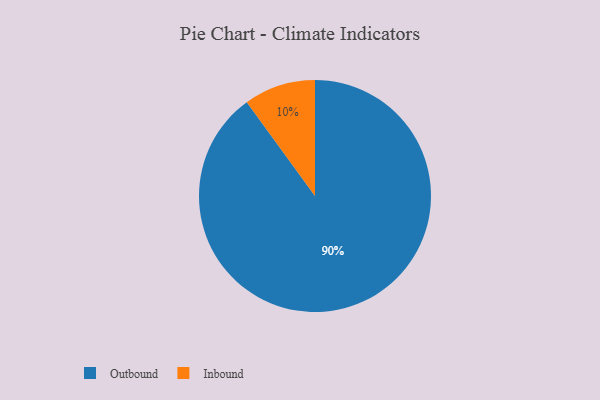
{"axis": {"x": "Category", "y": "Percentage"}, "legend": ["Inbound", "Outbound"], "data": [{"x": "Inbound", "y": 10, "type": "Inbound"}, {"x": "Outbound", "y": 90, "type": "Outbound"}]}